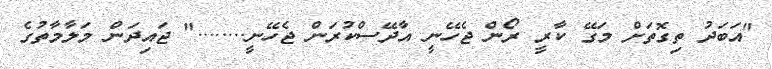
"އަބަދު ތިގޮތަށް މަގޭ ކާރީ ރޯން ޖެހޭނީ އާދޭސްކުރަން ޖެހޭނީ........" ޖައިދަން މަލާމާތުގެ